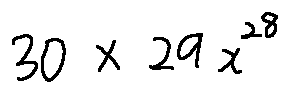
3 0 \times 2 9 x ^ { 2 8 }